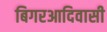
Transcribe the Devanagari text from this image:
बिगरआदिवासी